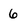
Character: 6